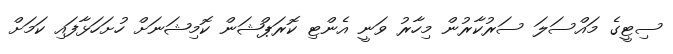
ސިޓީގެ މައްސަލަ ސަރުކާރުން މިހާރު ވަނީ އެންޓި ކޮރަޕްޝަން ކޮމިޝަނަށް ހުށަހަޅާފައި ކަމަށް